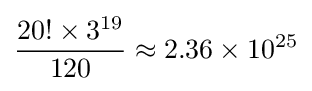
{\frac {20!\times 3^{19}}{120}}\approx 2.36\times 10^{25}